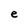
Character: e